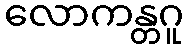
လောကန္တဂူ